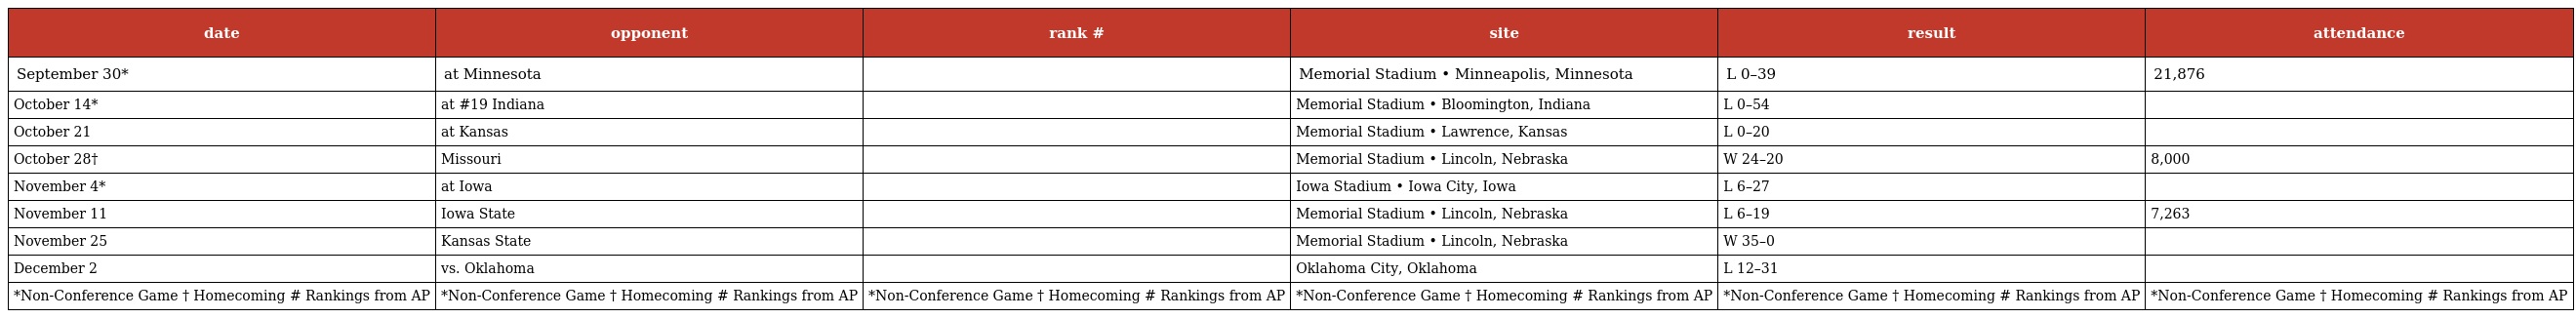
| date | opponent | rank # | site | result | attendance |
 | --- | --- | --- | --- | --- | --- |
 | September 30* | at Minnesota |  | Memorial Stadium • Minneapolis, Minnesota | L 0–39 | 21,876 |
 | October 14* | at #19 Indiana |  | Memorial Stadium • Bloomington, Indiana | L 0–54 |  |
 | October 21 | at Kansas |  | Memorial Stadium • Lawrence, Kansas | L 0–20 |  |
 | October 28† | Missouri |  | Memorial Stadium • Lincoln, Nebraska | W 24–20 | 8,000 |
 | November 4* | at Iowa |  | Iowa Stadium • Iowa City, Iowa | L 6–27 |  |
 | November 11 | Iowa State |  | Memorial Stadium • Lincoln, Nebraska | L 6–19 | 7,263 |
 | November 25 | Kansas State |  | Memorial Stadium • Lincoln, Nebraska | W 35–0 |  |
 | December 2 | vs. Oklahoma |  | Oklahoma City, Oklahoma | L 12–31 |  |
 | *Non-Conference Game † Homecoming # Rankings from AP | *Non-Conference Game † Homecoming # Rankings from AP | *Non-Conference Game † Homecoming # Rankings from AP | *Non-Conference Game † Homecoming # Rankings from AP | *Non-Conference Game † Homecoming # Rankings from AP | *Non-Conference Game † Homecoming # Rankings from AP |